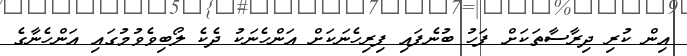
އިން ކުރި ދިރާސާތަކަށް ފަހު ބުނެފައި ފިރިހެނަކަށް އަންހެނަކު ދެކެ ލޯބިވެވުމުގައި އަންހެނާގެ